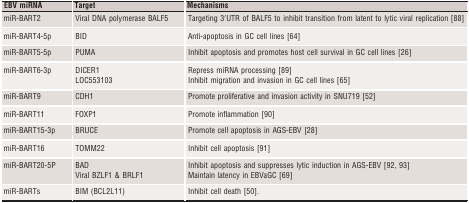
| EBV miRNA | Target | Mechanisms |
 | --- | --- | --- |
 | miR‐BART2 | Viral DNA polymerase BALF5 | Targeting 3′UTR of BALF5 to inhibit transition from latent to lytic viral replication 88 |
 | miR‐BART4‐5p | BID | Anti‐apoptosis in GC cell lines 64 |
 | miR‐BART5‐5p | PUMA | Inhibit apoptosis and promotes host cell survival in GC cell lines 26 |
 | miR‐BART6‐3p | DICER1LOC553103 | Repress miRNA processing 89Inhibit migration and invasion in GC cell lines 65 |
 | miR‐BART9 | CDH1 | Promote proliferative and invasion activity in SNU719 52 |
 | miR‐BART11 | FOXP1 | Promote inflammation 90 |
 | miR‐BART15‐3p | BRUCE | Promote cell apoptosis in AGS‐EBV 28 |
 | miR‐BART16 | TOMM22 | Inhibit cell apoptosis 91 |
 | miR‐BART20‐5P | BADViral BZLF1 & BRLF1 | Inhibit apoptosis and suppresses lytic induction in AGS‐EBV 92, 93Maintain latency in EBVaGC 69 |
 | miR‐BARTs | BIM (BCL2L11) | Inhibit cell death 50. |